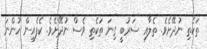
ތަކެތި ނުދޭށެވެ. ތެލާއި ސަރުބީ ގިނަ ތަކެތި ވެސް ނުދޭށެވެ. ކެފެއިން ހުންނަ